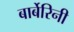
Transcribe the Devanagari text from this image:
बार्बेरिनी